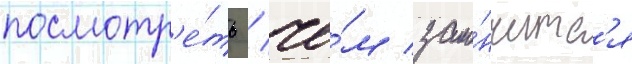
посмотр'е́ть / че́м зако́нчитс'я